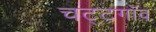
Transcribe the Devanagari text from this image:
चट्टगाँव